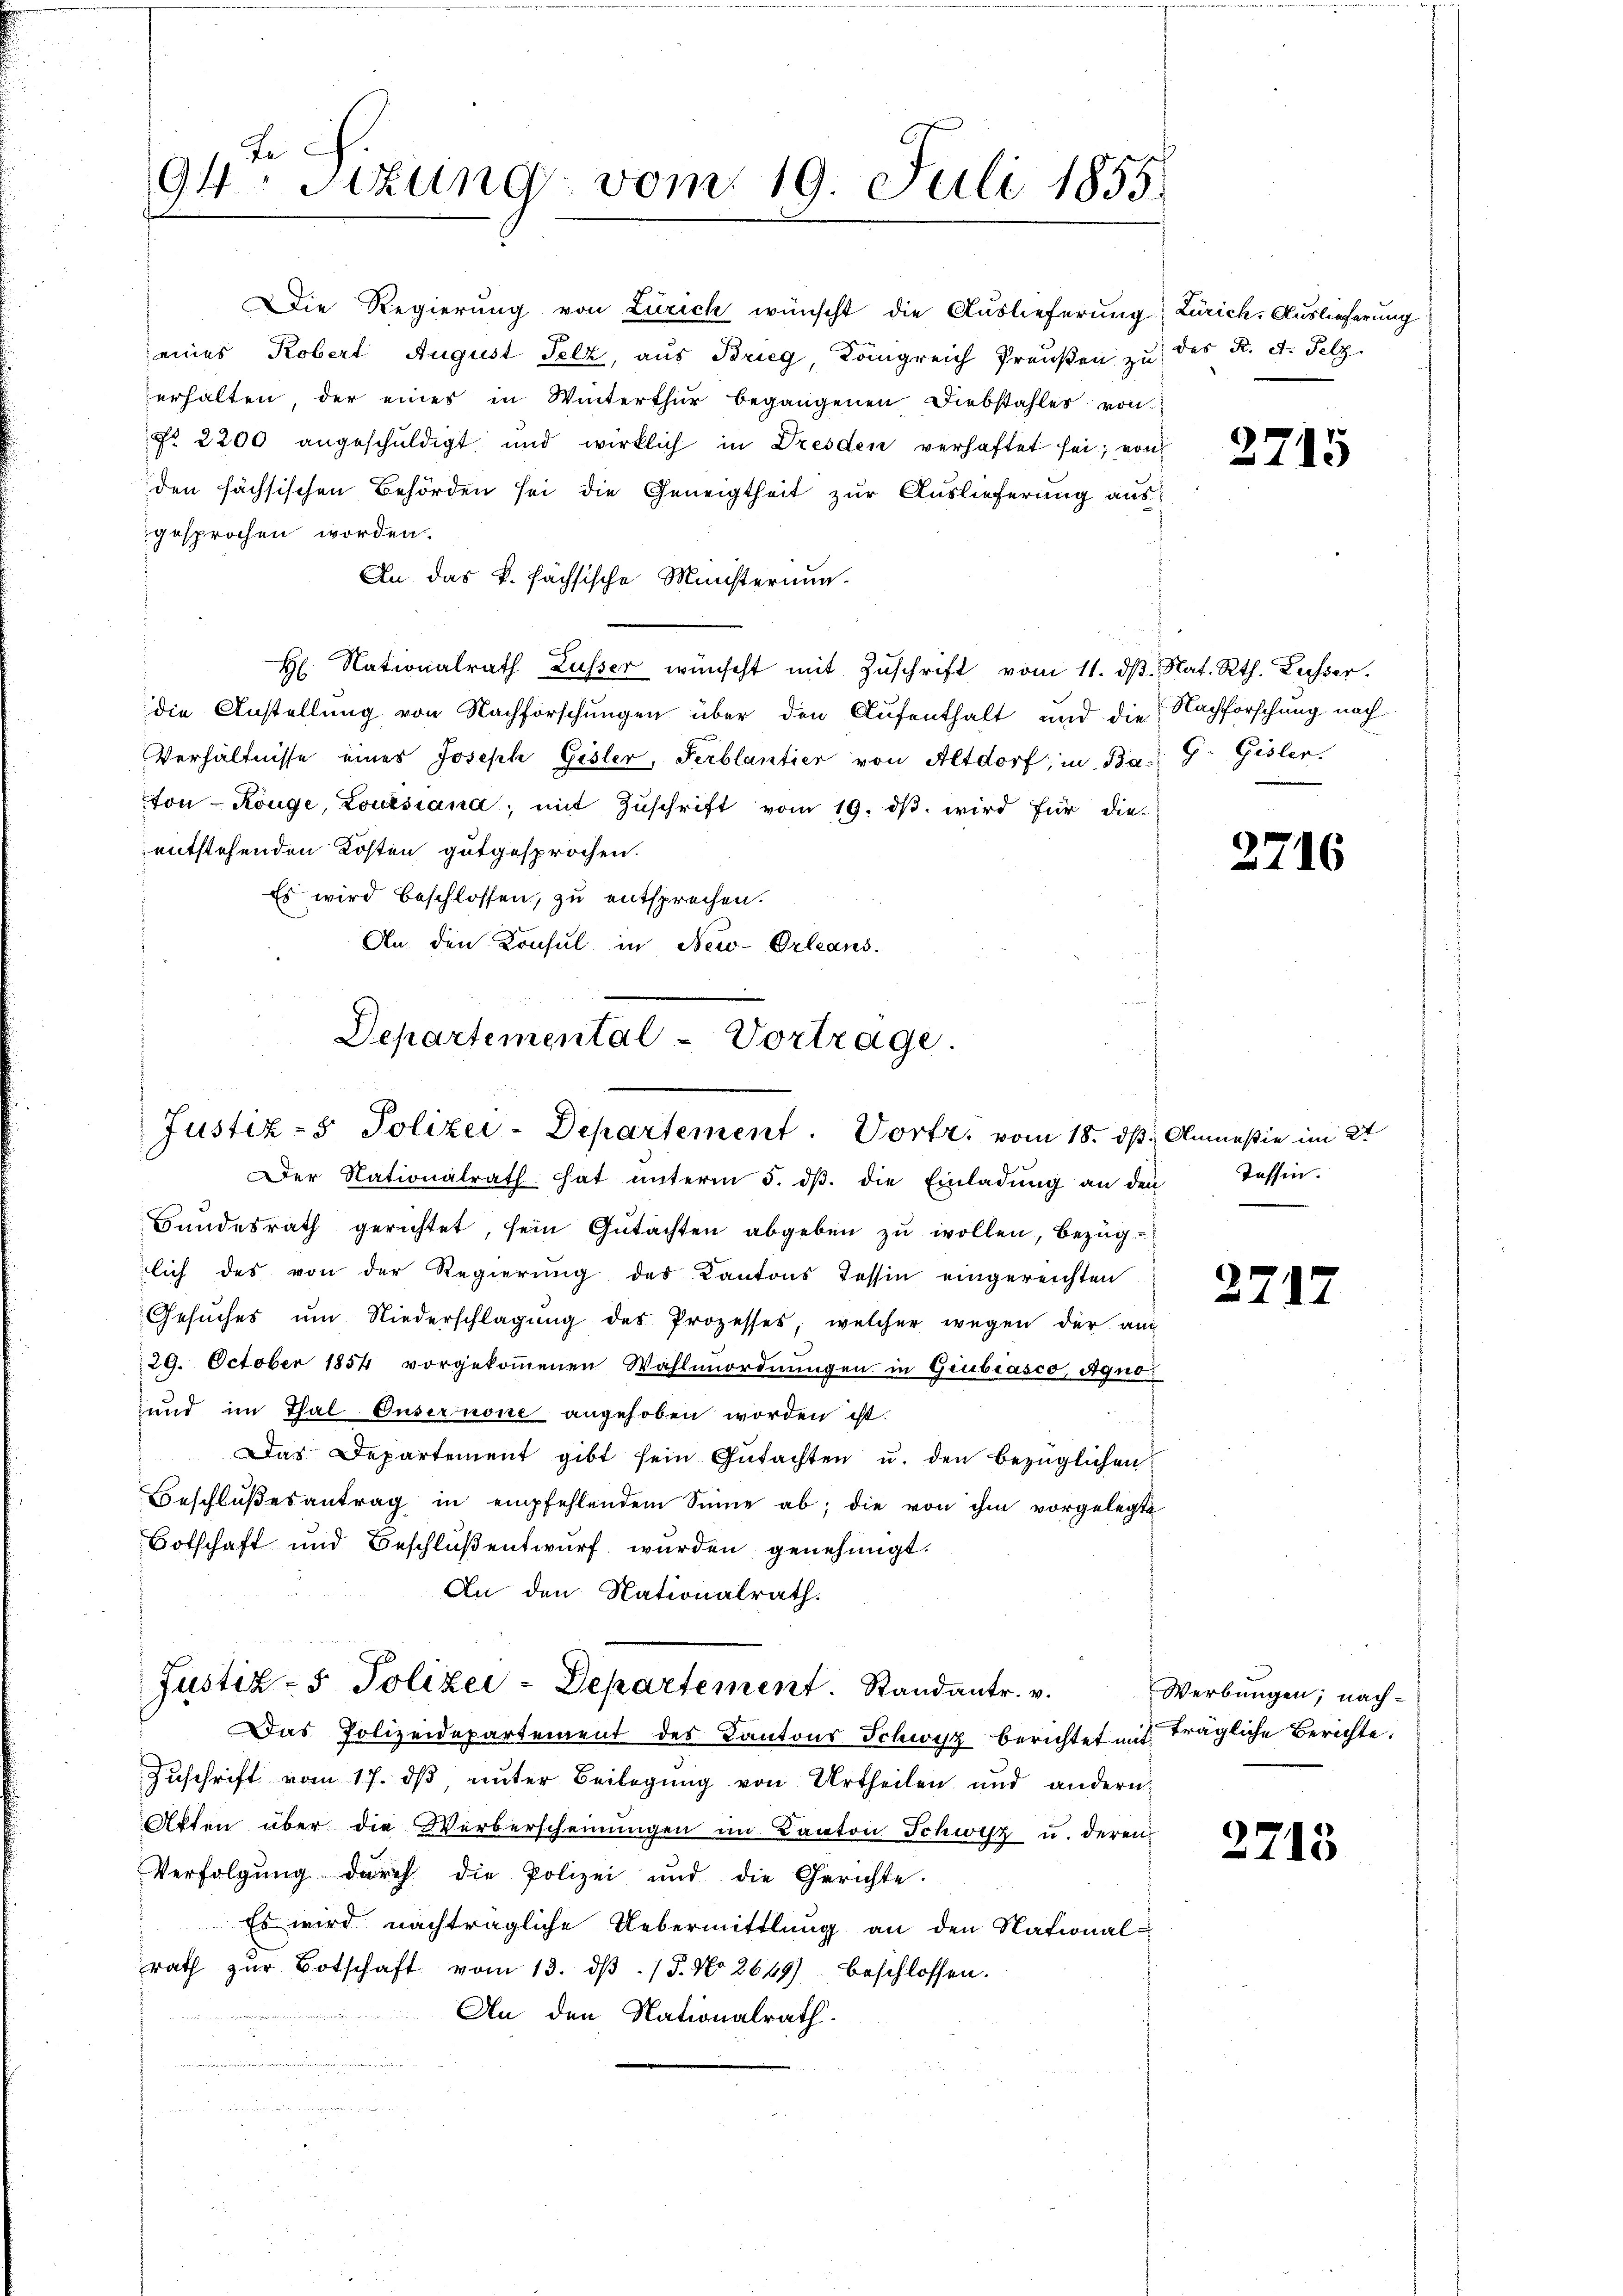
94 Sizung vom 19. Juli 1855.

Die Regierung von Zürich wünscht die Auslieferung Zürich, Auslieferung
eines Kobert August Felz, aus Brieg, Königreich Preußen zu des K. A. Pelz.
erhalten, der eines in Winterthur begangenen Diebstahles von
No. 2200 angeschŭldigt und wirklich in Dresden verhaftet sei; von
den sächsischen Behörden sei die Geneigtheit zur Auslieferung aus
gesprochen worden.
An das k. fächsische Ministernun
H. Nationalrath Lusser wünscht mit Zŭschrift vom 11. dβ. Nat. Rth. Lusser.
die Anstellung von Nachforschungen über den Aufenthalt und die Nachforschung nach
Verhältnisse eines Joseph Gisler, Serblantier von Altdorf, in Bad G. Gisler
ton Könge, Louisiana, mit Zŭschrift vom 19. dβ wird für die-
entstehenden Kosten gutgesprochen.
Es wird beschlossen, zu entsprechen.
An den Konsul in New-Orleans
Departemental-Vortrage.

Justiz- & Polizei-Departement. Vortr. vom 18. dβ

Der Nationalrath hat ŭnterm 5. dβ. die Einladŭng an den Tessin.
Bundesrath gerichtet, sein Gutachten abgeben zu wollen, bezüglich des von der Regierung des Kantons Tessin eingereichten
Gesŭches um Niederschlagung des Prozesses, welcher wegen der au
29. October 1854 vorgekommenen Wahlmordnungen in Giubiasco, Agno
und im Thal Ousernone angehoben worden ist.
Das Departement gibt sein Gŭtachten u. den bezüglichen
Beschlŭβesantrag in empfehlendem Sinne ab, die von ihm vorgelegte
Botschaft und Beschluß entwurf wurden genehmigt.
An den Nationalrath.
Justiz- & Polizei-Departement Randantr. v.
Das Polizeidepartement des Kantons Schwyz berichtet mit trägliche Berichte:
Zŭschrift vom 17. dβ ŭnter Beilagŭng von Urtheilen und andern
Akten über die Werberscheinungen im Kanton Schwyz u. deren
Verfolgŭng durch die Polizei und die Gerichte.
Es wird nachträgliche Uebermittlung an den Nationalrath zŭr Botschaft vom 13. dβ. / 5. No 2649) beschlossen.
An den Nationalrath.

2715

27

2716

Anmaßin im 2t

17

Werbungen; nach-

2715